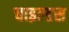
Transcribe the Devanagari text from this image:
चाइल्डस